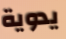
يدوية